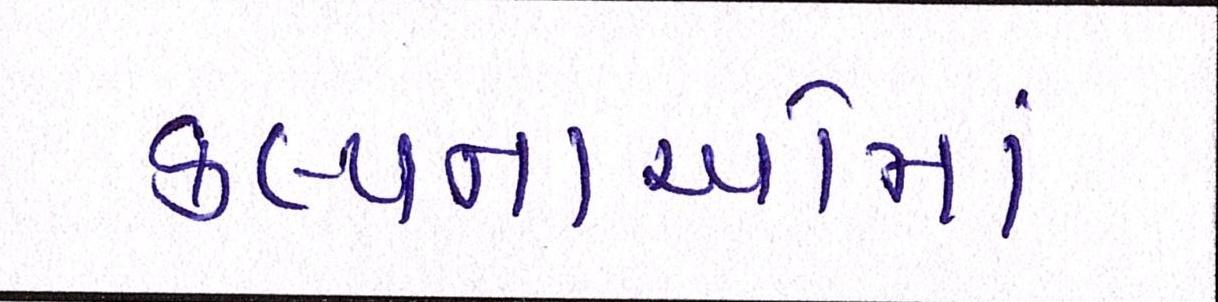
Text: કલ્પનાઓમાં